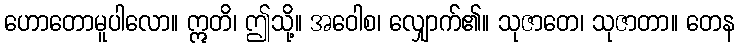
ဟောတောမူပါလော။ ဣတိ၊ ဤသို့။ အဝေါစ၊ လျှောက်၏။ သုဇာတေ၊ သုဇာတာ။ တေန